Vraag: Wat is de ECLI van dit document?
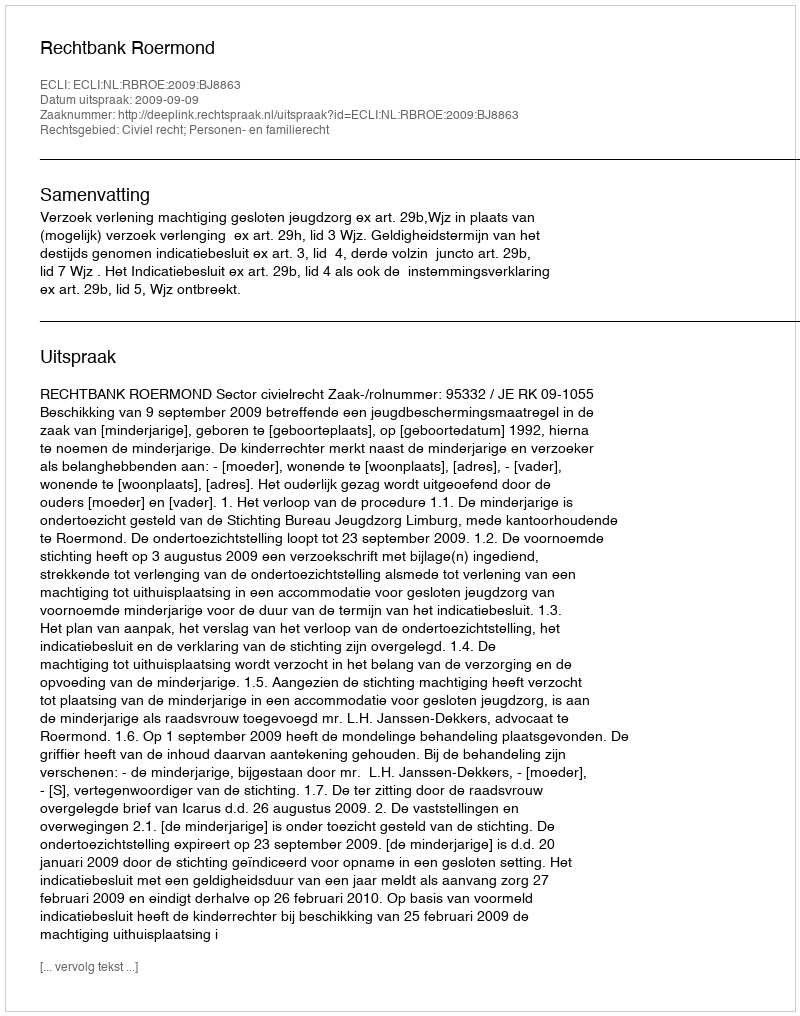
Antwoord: ECLI:NL:RBROE:2009:BJ8863